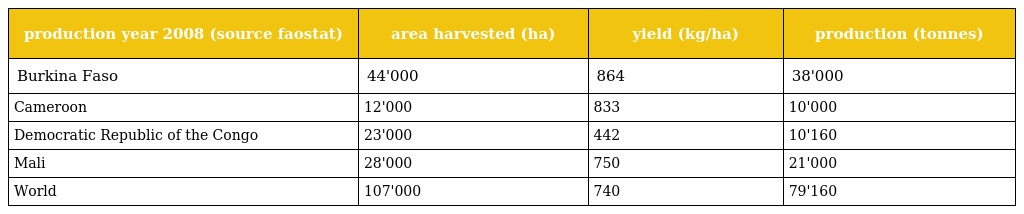
| production year 2008 (source faostat) | area harvested (ha) | yield (kg/ha) | production (tonnes) |
 | --- | --- | --- | --- |
 | Burkina Faso | 44'000 | 864 | 38'000 |
 | Cameroon | 12'000 | 833 | 10'000 |
 | Democratic Republic of the Congo | 23'000 | 442 | 10'160 |
 | Mali | 28'000 | 750 | 21'000 |
 | World | 107'000 | 740 | 79'160 |